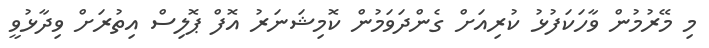
މި މޭރުމުން ވާހަކަފުޅު ކުރިއަށް ގެންދަވަމުން ކޮމިޝަނަރު އޮފް ޕޮލިސް އިތުރަށް ވިދާޅުވީ